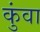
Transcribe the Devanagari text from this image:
कुंवा